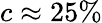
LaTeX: c\approx 25\%